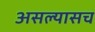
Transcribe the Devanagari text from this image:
असल्यासच